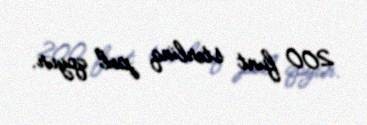
200 funt sterlinq pul qoyur.